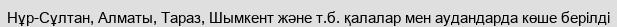
Нұр-Сұлтан, Алматы, Тараз, Шымкент және т.б. қалалар мен аудандарда көше берілді